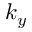
k _ { y }